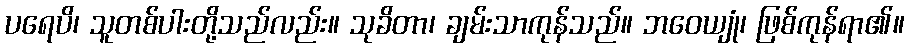
ပရေပိ၊ သူတစ်ပါးတို့သည်လည်း။ သုခိတာ၊ ချမ်းသာကုန်သည်။ ဘဝေယျုံ၊ ဖြစ်ကုန်ရာ၏။